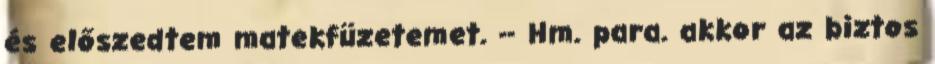
és előszedtem matekfüzetemet. -- Hm. para. akkor az biztos